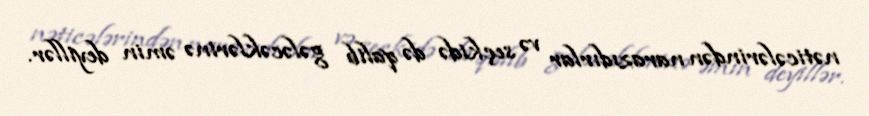
nəticələrindən narazıdırlar və seçkidə də qalib gələcəklərinə əmin deyillər.